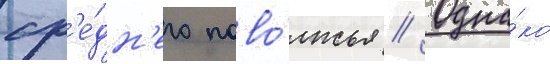
ср'е́дн'его пово́лжья // Одна́ко